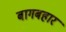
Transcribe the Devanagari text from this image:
बागबहार